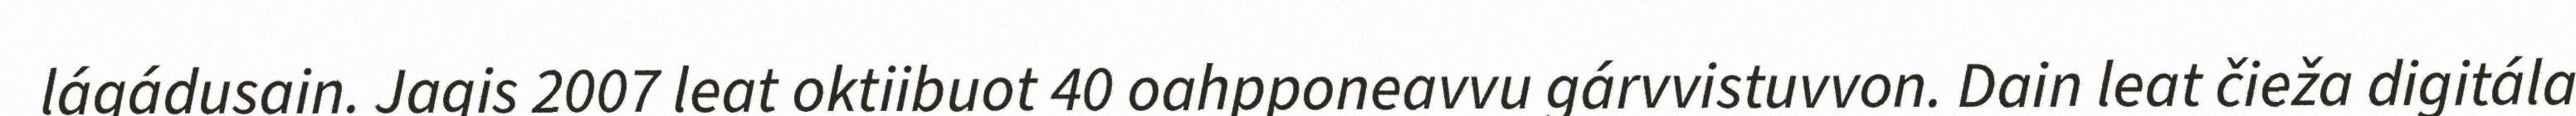
lágádusain. Jagis 2007 leat oktiibuot 40 oahpponeavvu gárvvistuvvon. Dain leat čieža digitála